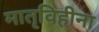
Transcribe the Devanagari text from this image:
मातृविहीना